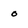
Character: o